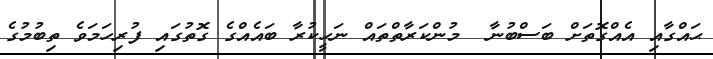
ޙައްގާއި އެއްގޮތަށް ބަސްބުނާ  މުންކަރާތްތައް ނަހީކުރާ ބައެއްގެ ގޮތުގައި ފުރިހަމަވެ ތިބުމުގެ